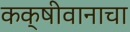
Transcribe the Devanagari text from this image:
कक्षीवानाचा